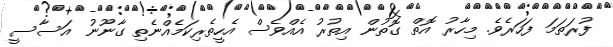
ފުރަތަމަ ފަހަރެވެ. މިހާރު އޮތް ގޮތުން އިތުރު އެއްވެސް އެހީތެރިކަމެއްނެތި ގާނޫނު އަސާސީ